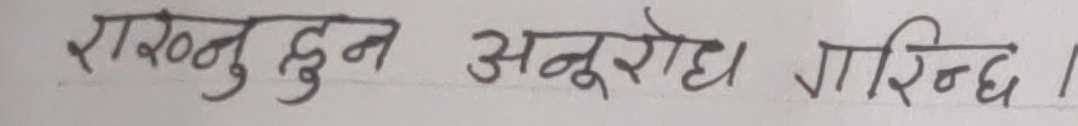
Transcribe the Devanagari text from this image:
राख्नु हुन अनुरोध गरिन्छ ।